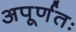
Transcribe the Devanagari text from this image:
अपूर्णतः